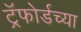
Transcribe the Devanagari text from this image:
ट्रॅफोर्डच्या